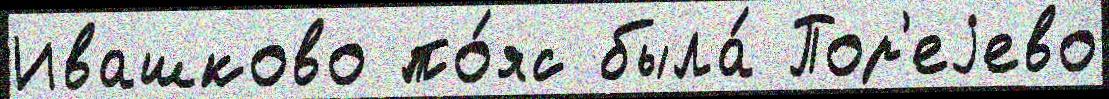
Ивашково по́яс была́ Пор'еjево